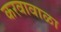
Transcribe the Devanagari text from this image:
करवावाळा